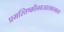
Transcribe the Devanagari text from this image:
प्रमस्तिष्कीनवजातकामला